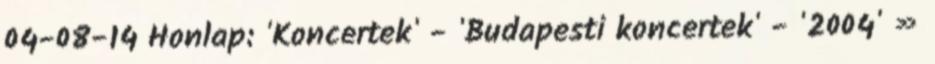
04-08-14 Honlap: 'Koncertek' - 'Budapesti koncertek' - '2004' »